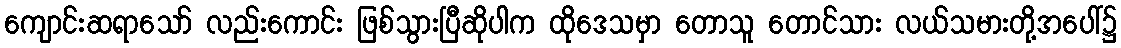
ကျောင်းဆရာသော် လည်းကောင်း ဖြစ်သွားပြီဆိုပါက ထိုဒေသမှာ တောသူ တောင်သား လယ်သမားတို့အပေါ်၌